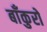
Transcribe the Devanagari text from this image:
बाँकुरो